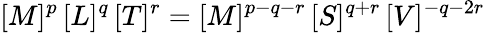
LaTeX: [M]^{p}\, [L]^{q}\, [T]^{r}=[M]^{p-q-r}\, [S]^{q+r}\, [V]^{-q-2r}